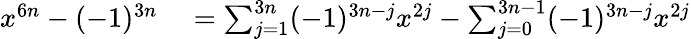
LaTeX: \begin{array}{rl}{x^{6n}-(-1)^{3n}}&{{}=\sum_{j=1}^{3n}(-1)^{3n-j}x^{2j}-\sum_{j=0}^{3n-1}(-1)^{3n-j}x^{2j}}\end{array}